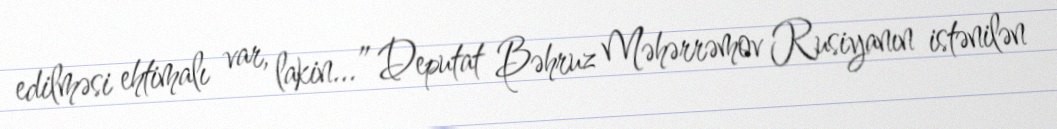
edilməsi ehtimalı var, lakin...” Deputat Bəhruz Məhərrəmov Rusiyanın istənilən